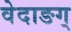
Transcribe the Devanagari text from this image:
वेदाङग्